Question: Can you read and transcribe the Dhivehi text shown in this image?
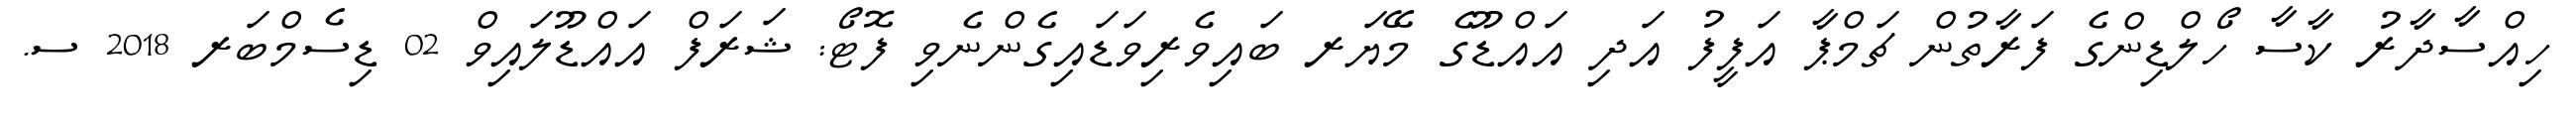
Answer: ހިއްސާދާރު ކާސާ ހޯލްޑިންގެ ފަރާތުން ޗަމްޕާ އަފީފު އަދި އައްޑޫގެ މޭޔަރ ބައިވެރިވަޑައިގެންނެވި ފޮޓޯ: ޝަރަފް އައްޑޫލައިވް 02 ޑިސެމްބަރ 2018 ސ.